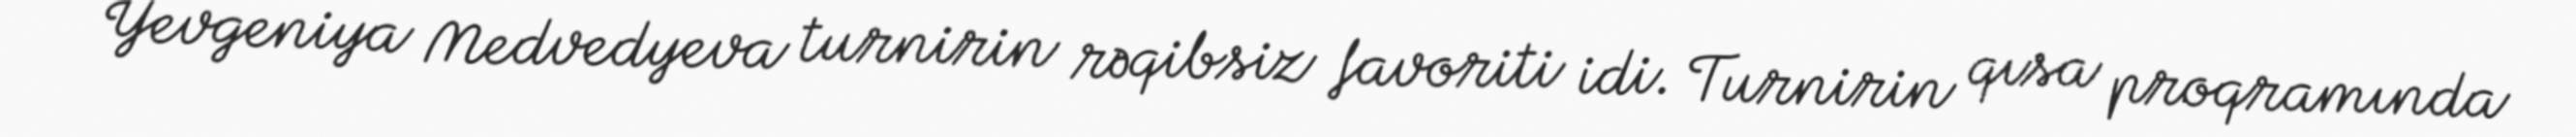
Yevgeniya Medvedyeva turnirin rəqibsiz favoriti idi. Turnirin qısa proqramında